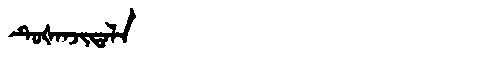
Manchu: ᡨᡠᡧᠠᠨᠵᡳᡨᠠᠯᠠ
Romanization: TUŠANJITALA